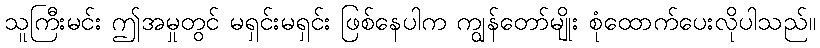
သူကြီးမင်း ဤအမှုတွင် မရှင်းမရှင်း ဖြစ်နေပါက ကျွန်တော်မျိုး စုံထောက်ပေးလိုပါသည်။